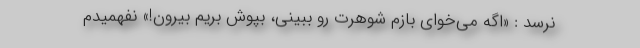
نرسد : «اگه می‌خوای بازم شوهرت رو ببینی، بپوش بریم بیرون!» نفهمیدم